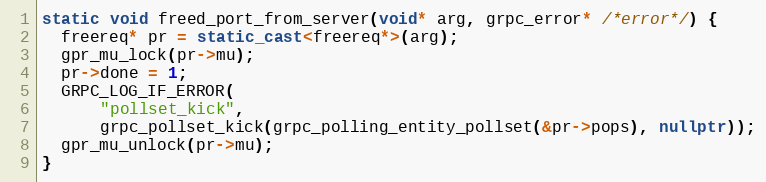
Language: C++
static void freed_port_from_server(void* arg, grpc_error* /*error*/) {
  freereq* pr = static_cast<freereq*>(arg);
  gpr_mu_lock(pr->mu);
  pr->done = 1;
  GRPC_LOG_IF_ERROR(
      "pollset_kick",
      grpc_pollset_kick(grpc_polling_entity_pollset(&pr->pops), nullptr));
  gpr_mu_unlock(pr->mu);
}